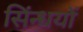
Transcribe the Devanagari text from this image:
सिंन्धयों